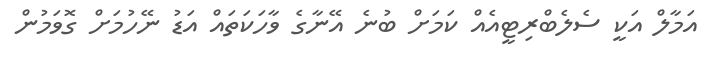
އަމާލް އަކީ ސެލެބްރިޓީއެއް ކަމަށް ބުނެ އޭނާގެ ވާހަކަތައް އަޑު ނޭހުމަށް ގޮވަމުން